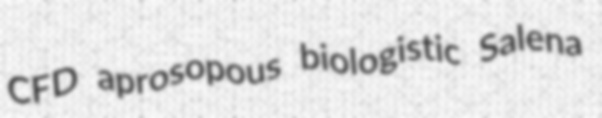
CFD aprosopous biologistic Salena